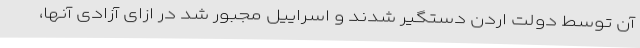
آن توسط دولت اردن دستگیر شدند و اسراییل مجبور شد در ازای آزادی آنها،